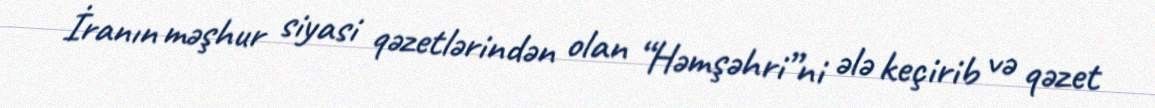
İranın məşhur siyasi qəzetlərindən olan “Həmşəhri”ni ələ keçirib və qəzet